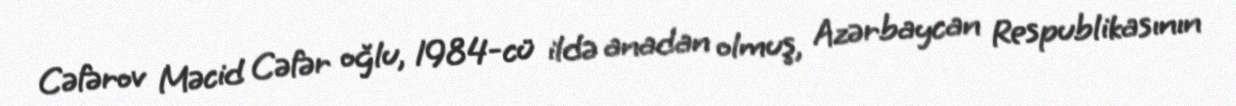
Cəfərov Məcid Cəfər oğlu, 1984-cü ildə anadan olmuş, Azərbaycan Respublikasının